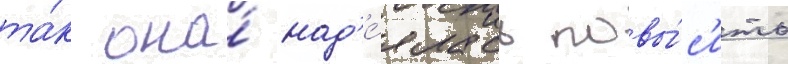
та́к она́ над'е́ялась повы́с'ить